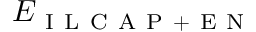
E _ { \mathrm { ~ I ~ L ~ C ~ A ~ P ~ + ~ E ~ N ~ } }